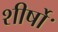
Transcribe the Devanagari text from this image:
शीर्षोॱ